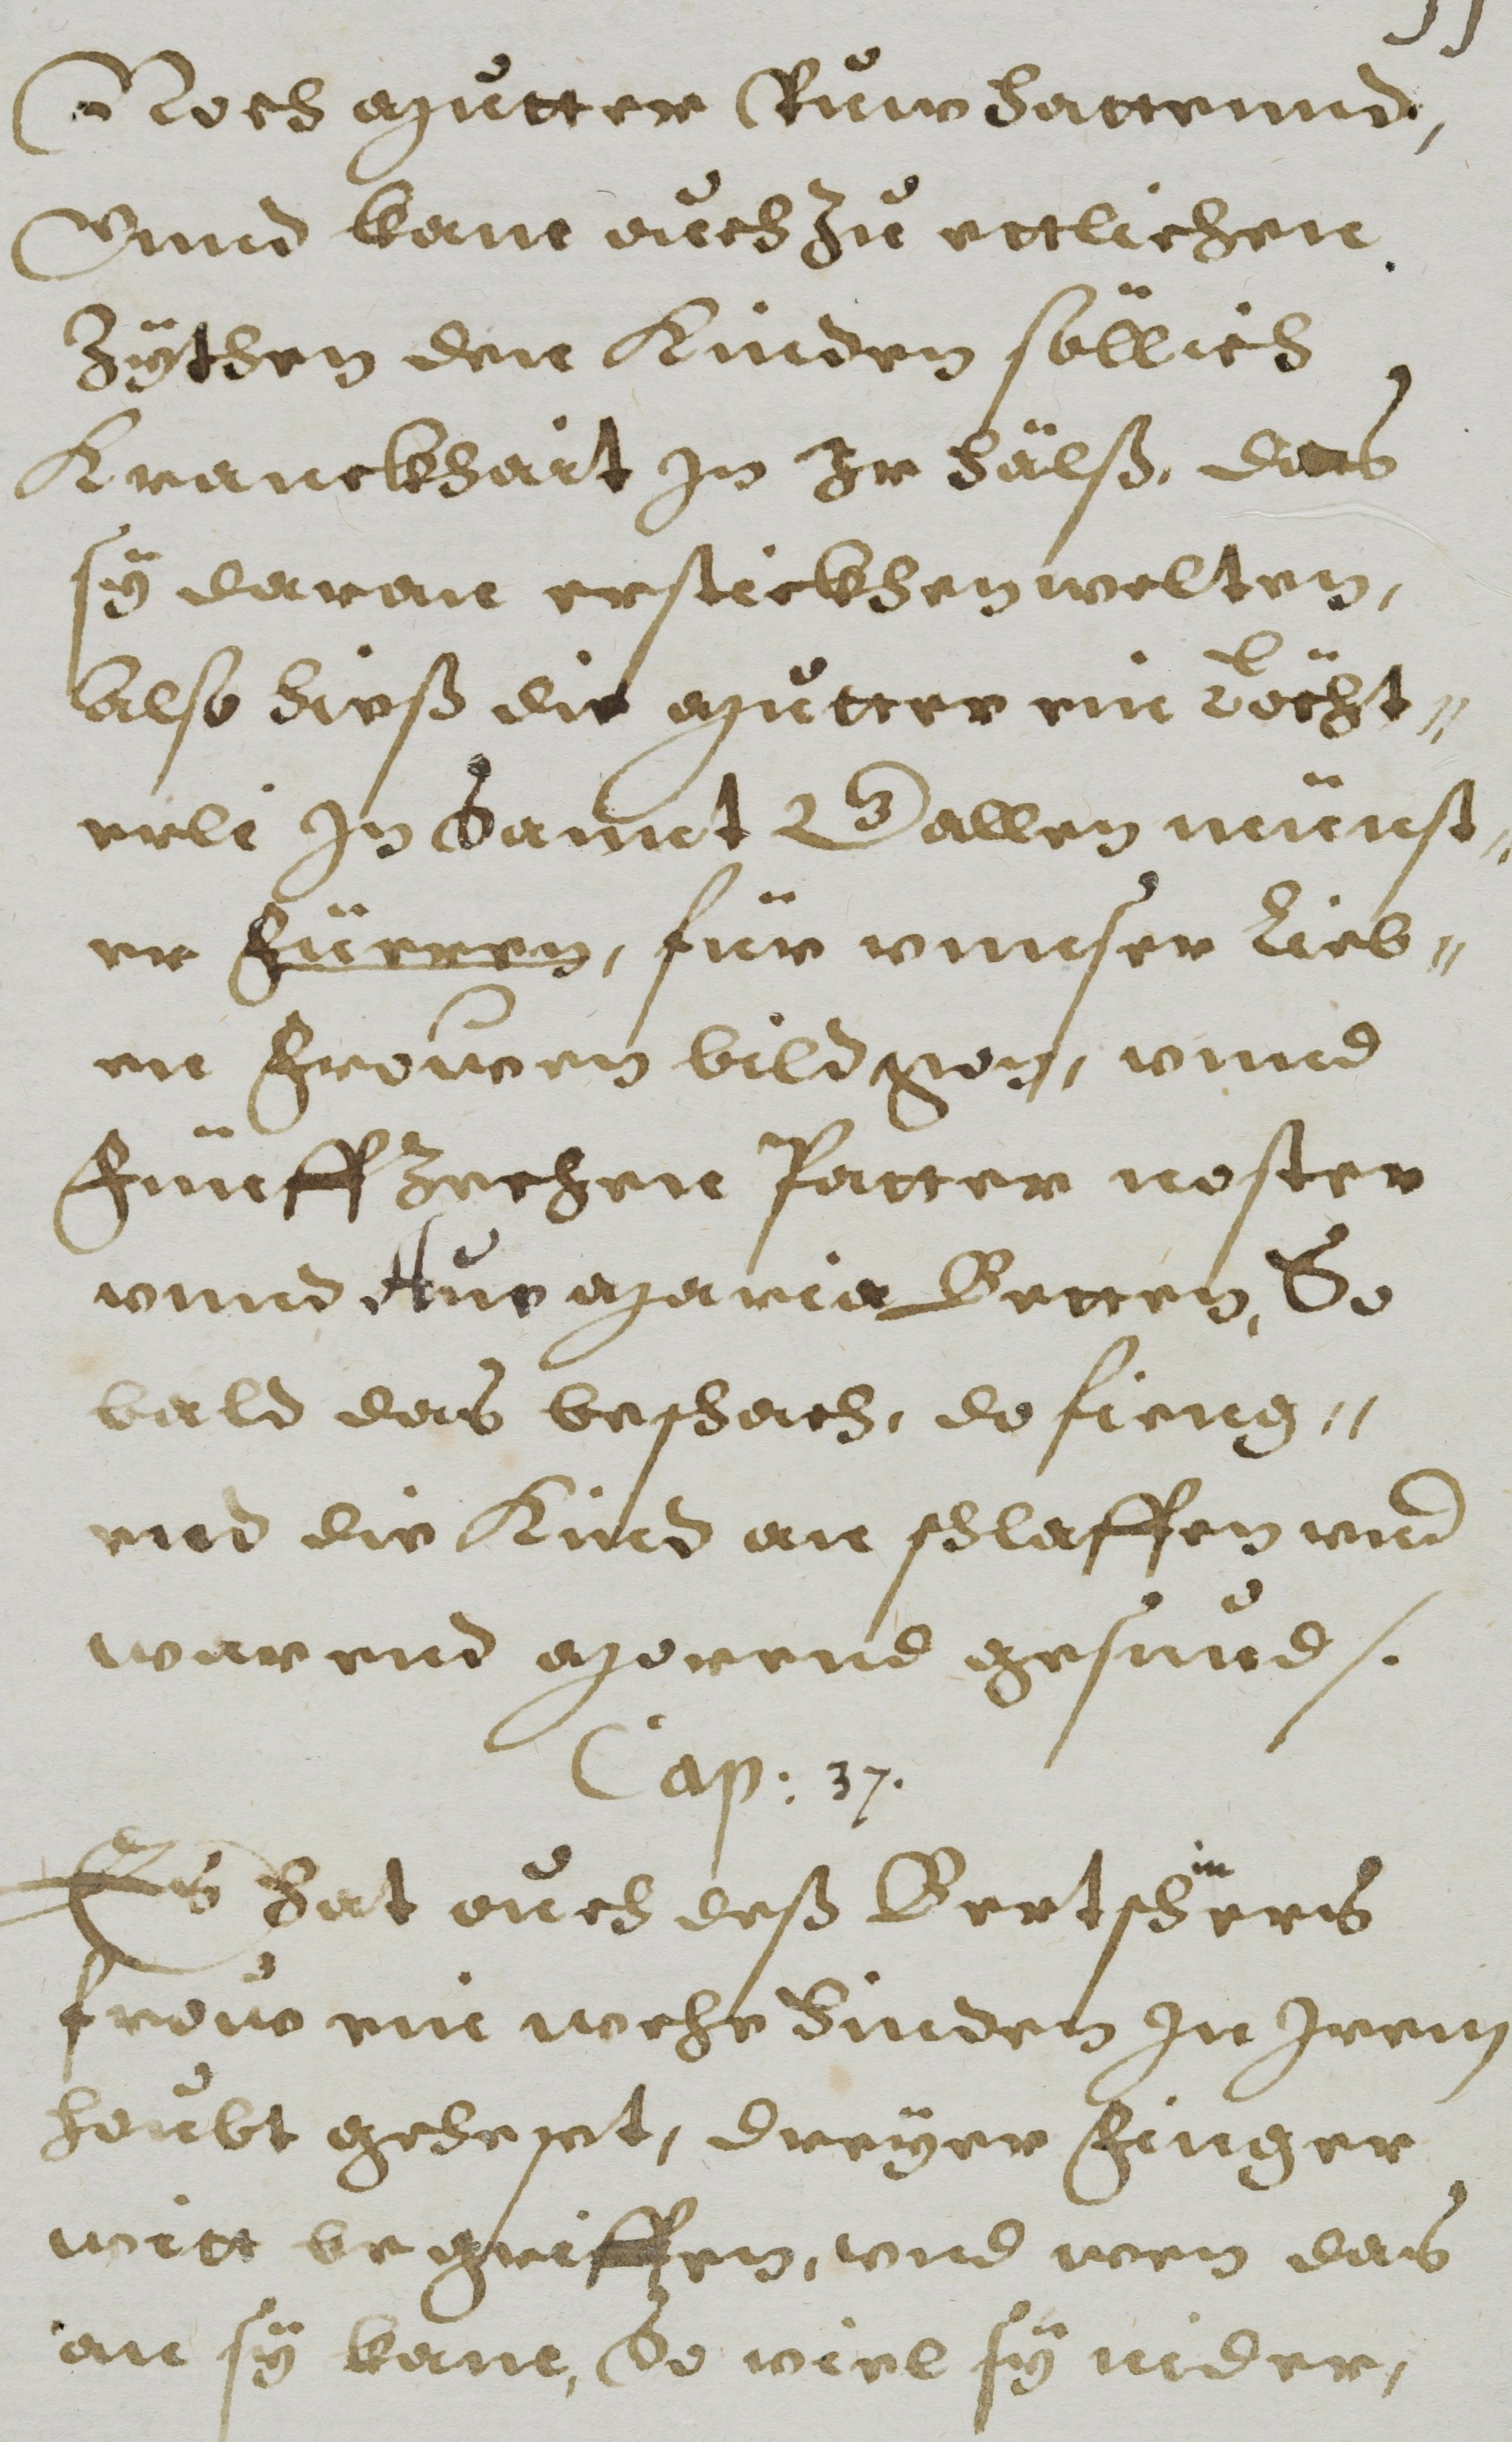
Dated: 1608–1608